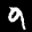
Label: 9